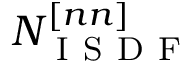
N _ { \mathrm { ~ I ~ S ~ D ~ F ~ } } ^ { [ n n ] }